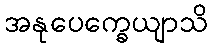
အနုပေက္ခေယျာသိ